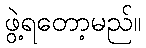
ဖွဲ့ရတော့မည်။